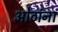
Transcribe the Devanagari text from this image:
ओठांना